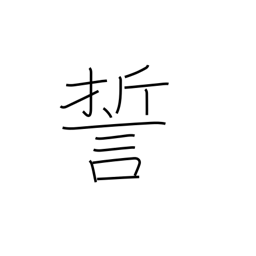
Meaning: swear